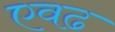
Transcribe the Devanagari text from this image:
एवढ